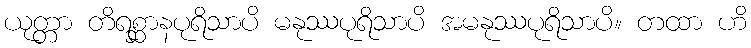
ယုတ္တာ တိရစ္ဆာနပုရိသာပိ မနုဿပုရိသာပိ အမနုဿပုရိသာပိ။ တထာ ဟိ